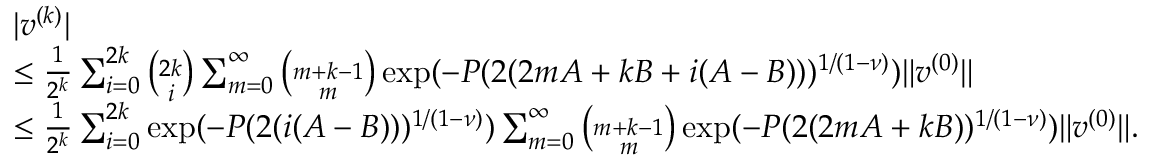
\begin{array} { r l } & { | v ^ { ( k ) } | } \\ & { \leq \frac { 1 } { 2 ^ { k } } \sum _ { i = 0 } ^ { 2 k } \binom { 2 k } { i } \sum _ { m = 0 } ^ { \infty } \binom { m + k - 1 } { m } \exp ( - P ( 2 ( 2 m A + k B + i ( A - B ) ) ) ^ { 1 / ( 1 - \nu ) } ) \| v ^ { ( 0 ) } \| } \\ & { \leq \frac { 1 } { 2 ^ { k } } \sum _ { i = 0 } ^ { 2 k } \exp ( - P ( 2 ( i ( A - B ) ) ) ^ { 1 / ( 1 - \nu ) } ) \sum _ { m = 0 } ^ { \infty } \binom { m + k - 1 } { m } \exp ( - P ( 2 ( 2 m A + k B ) ) ^ { 1 / ( 1 - \nu ) } ) \| v ^ { ( 0 ) } \| . } \end{array}